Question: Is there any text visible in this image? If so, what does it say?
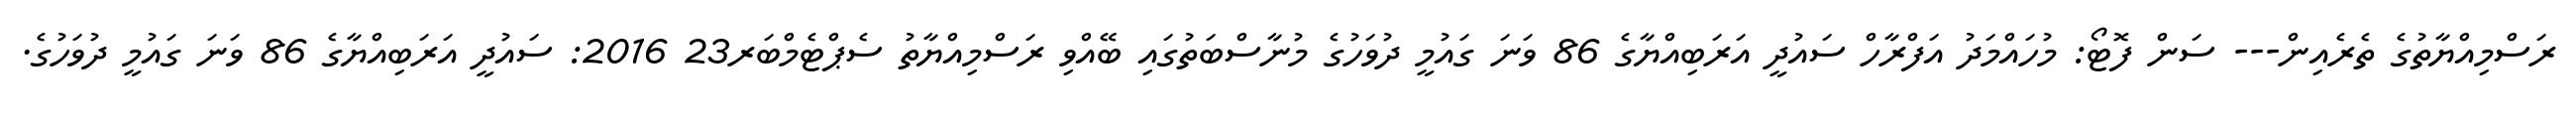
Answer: ރަސްމިއްޔާތުގެ ތެރެއިން--- ސަން ފޮޓޯ: މުހައްމަދު އަފްރާހް ސައުދީ އަރަބިއްޔާގެ 86 ވަނަ ގައުމީ ދުވަހުގެ މުނާސްބަތުގައި ބޭއްވި ރަސްމިއްޔާތު ސެޕްޓެމްބަރ23 2016: ސައުދީ އަރަބިއްޔާގެ 86 ވަނަ ގައުމީ ދުވަހުގެ.